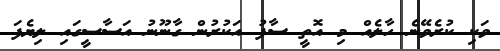
ވަކި ކުރެވޭނެ ހާލެއް މި އޮތީ ސާފު އަކުރުން ގާނޫނު އަސާސީގައި ލިޔެފަ